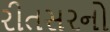
રીતસરનો